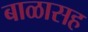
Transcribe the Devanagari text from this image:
बाळासह